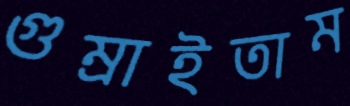
গুম্‌রাইতাম